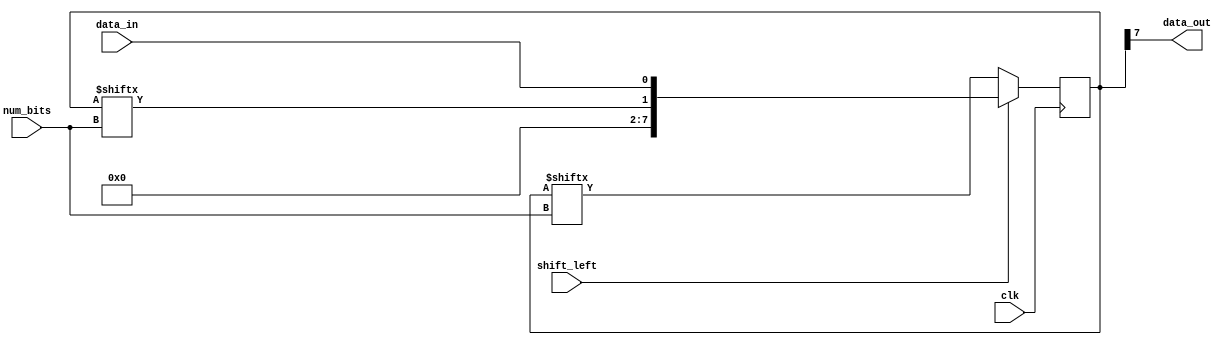
module shift_register (
    input data_in,
    input clk,
    input shift_left,
    input [2:0] num_bits,
    output reg data_out
);

reg [7:0] register;

always @(posedge clk) begin
    if (shift_left) begin
        register <= {register[num_bits[2:0]], data_in};
    end else begin
        register <= {data_in, register[7:num_bits]};
    end
end

assign data_out = register[7];

endmodule